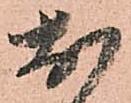
於